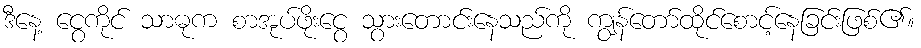
ဒီနေ့ ငွေကိုင် သာဓုက စာအုပ်ဖိုးငွေ သွားတောင်းနေသည်ကို ကျွန်တော်ထိုင်စောင့်နေခြင်းဖြစ်၏။